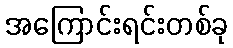
အကြောင်းရင်းတစ်ခု